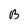
Character: B